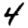
Digit: 4